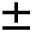
\pm